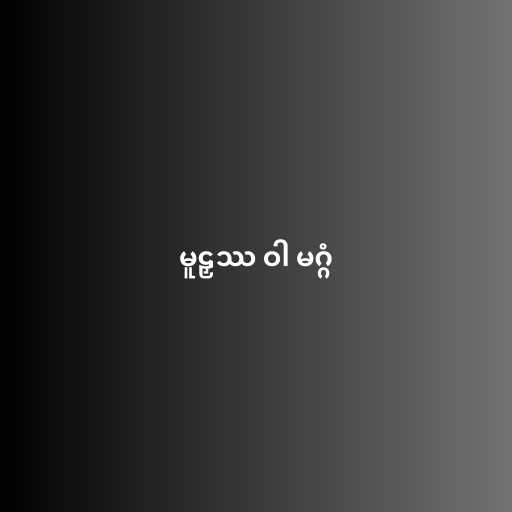
မူဠှဿ ဝါ မဂ္ဂံ